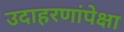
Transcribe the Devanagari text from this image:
उदाहरणांपेक्षा